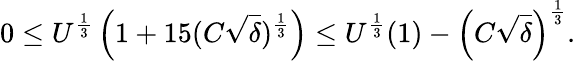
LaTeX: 0\leq U^{\frac{1}{3}}\left(1+15(C\sqrt{\delta})^{\frac{1}{3}}\right)\leq U^{\frac{1}{3}}(1)-\left(C\sqrt{\delta}\right)^{\frac 13}.